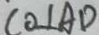
C O \bot A D